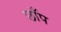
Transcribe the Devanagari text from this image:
छाँप